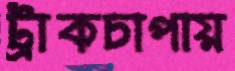
ট্রাকচাপায়